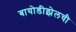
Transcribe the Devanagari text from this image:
बायोडीझेलची